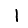
Digit: 1